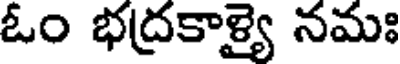
ఓం భద్రకాళ్యై నమః